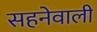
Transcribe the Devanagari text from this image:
सहनेवाली